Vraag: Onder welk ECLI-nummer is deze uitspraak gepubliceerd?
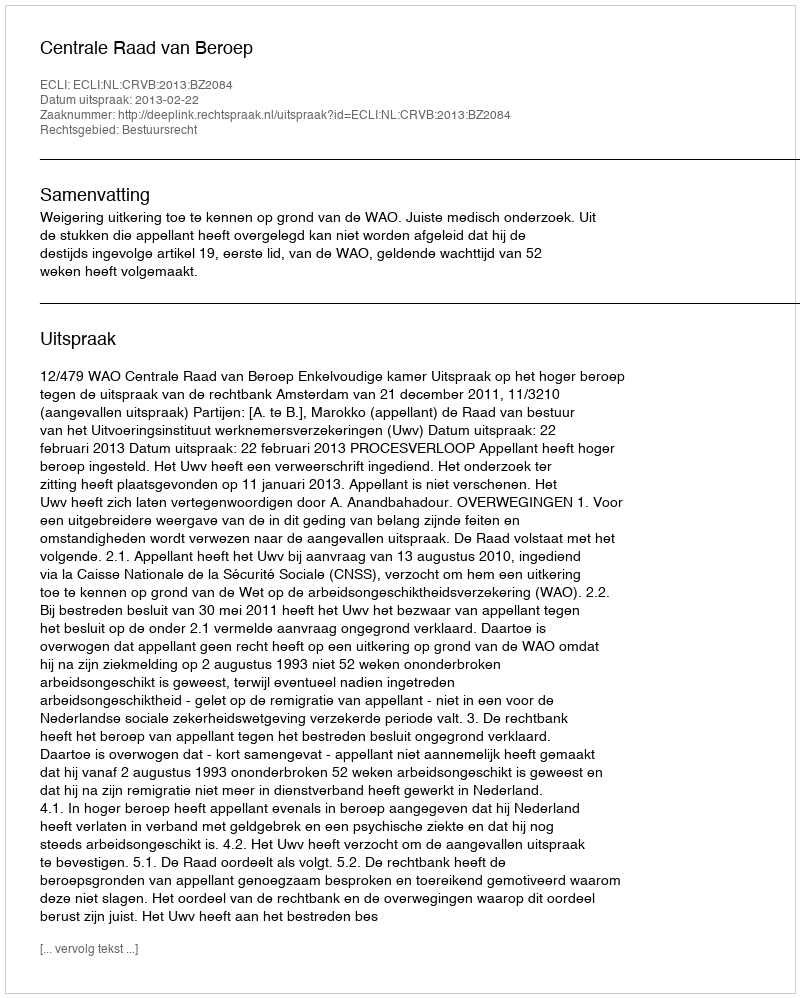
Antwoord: ECLI:NL:CRVB:2013:BZ2084